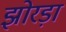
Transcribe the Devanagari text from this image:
झोरड़ा